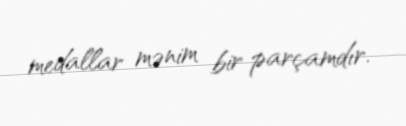
medallar mənim bir parçamdır.